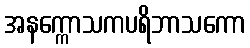
အနက္ကောသကပရိဘာသကော